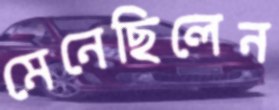
মেনেছিলেন